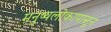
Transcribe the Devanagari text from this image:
मनुष्यलोकापासून